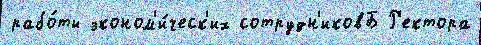
рабо́ты эконом'и́ческ'их сотрудн'иковБ Р'ектора